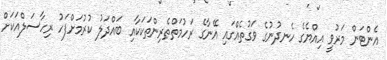
އެންޓަން މަރުވީ އިއްޔެގެ ހެނދުނުގެ ވަގުތެއްގައި އޭނާގެ ރަހުމަތްތެރިންތަކަކާއި ބައްދަލު ކުރުމަށްފަހު ރިހާސަލްއަކަށް